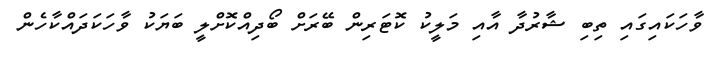
ވާހަކައިގައި ތިބި ޝާރުދާ އާއި މަލީކު ކޮޓަރިން ބޭރަށް ބޯދިއްކޮށްލީ ބަޔަކު ވާހަކަދައްކާހެން